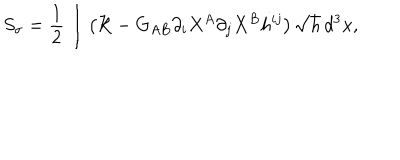
S _ { \sigma } = \frac { 1 } { 2 } \int \left( { \cal R } - G _ { A B } \partial _ { i } X ^ { A } \partial _ { j } X ^ { B } h ^ { i j } \right) \sqrt { h } \, d ^ { 3 } x ,